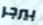
بيرجر